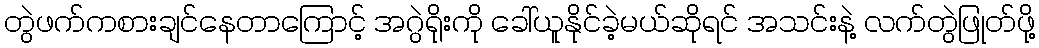
တွဲဖက်ကစားချင်နေတာကြောင့် အဂွဲရိုးကို ခေါ်ယူနိုင်ခဲ့မယ်ဆိုရင် အသင်းနဲ့ လက်တွဲဖြုတ်ဖို့